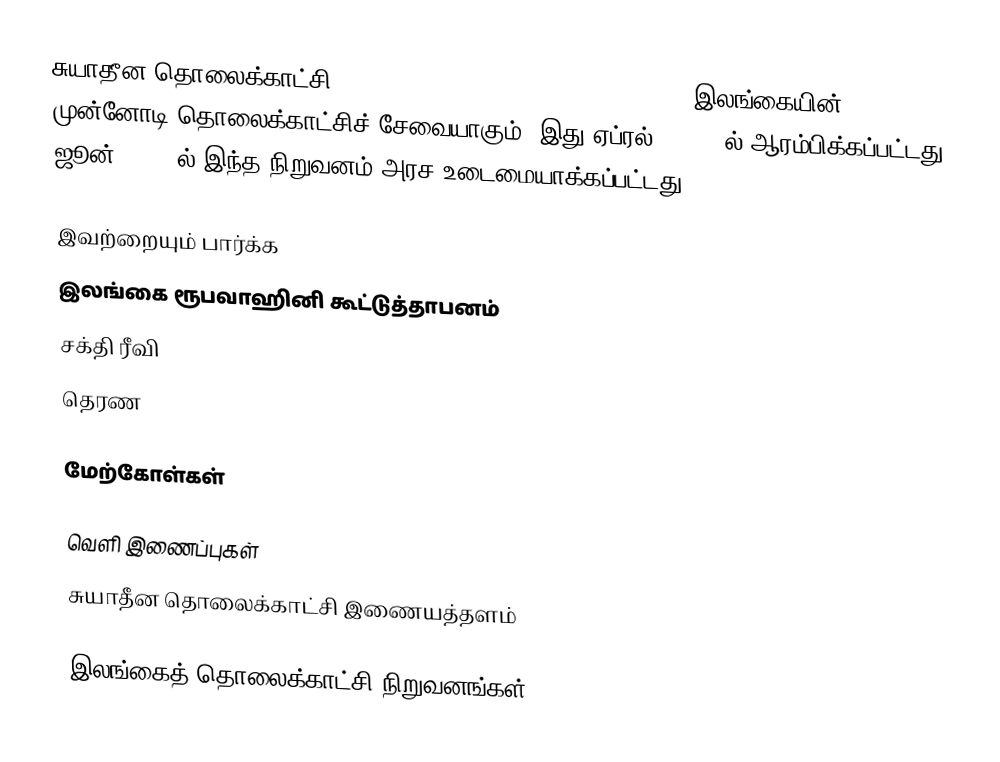
சுயாதீன தொலைக்காட்சி (Independent Television Network Ltd; ) இலங்கையின் முன்னோடி தொலைக்காட்சிச் சேவையாகும். இது ஏப்ரல் 13 1979ல் ஆரம்பிக்கப்பட்டது. ஜூன் 5 1979ல் இந்த நிறுவனம் அரச உடைமையாக்கப்பட்டது.

இவற்றையும் பார்க்க
இலங்கை ரூபவாஹினி கூட்டுத்தாபனம்
சக்தி ரீவி
தெரண

மேற்கோள்கள்

வெளி இணைப்புகள்
சுயாதீன தொலைக்காட்சி இணையத்தளம்

இலங்கைத் தொலைக்காட்சி நிறுவனங்கள்